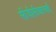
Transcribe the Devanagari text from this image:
सीजीसीआरआई